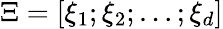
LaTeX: \Xi=[\xi_{1};\xi_{2};\ldots;\xi_{d}]